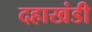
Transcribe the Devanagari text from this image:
दहाखंडी